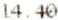
14.40